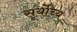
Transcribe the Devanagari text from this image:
सूर्योच्य